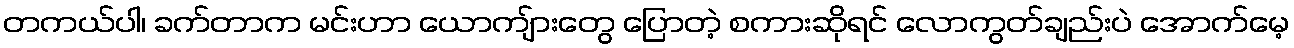
တကယ်ပါ၊ ခက်တာက မင်းဟာ ယောကျ်ားတွေ ပြောတဲ့ စကားဆိုရင် လောကွတ်ချည်းပဲ အောက်မေ့